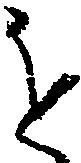
を